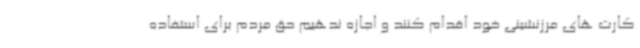
کارت های مرزنشینی خود اقدام کنند و اجازه ندهیم حق مردم برای استفاده